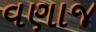
વણાજ